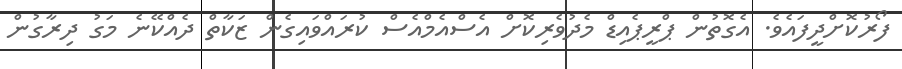
ފޯރުކޮށްދީފައެވެ. އެގޮތުން ޕްރީޕެއިޑް މެދުވެރިކޮށް އެސްއެމްއެސް ކުރައްވައިގެން ޒަކާތް ދެއްކޭނެ މަގު ދިރާގުން